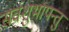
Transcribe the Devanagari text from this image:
सर्वशुभापन्तु